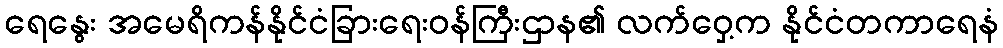
ရေနွေး အမေရိကန်နိုင်ငံခြားရေးဝန်ကြီးဌာန၏ လက်ဝှေ့က နိုင်ငံတကာရေနံ